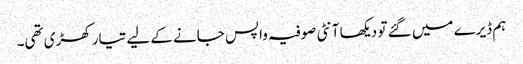
ہم ڈیرے میں گئے تو دیکھا آنٹی صوفیہ واپس جانے کے لیے تیار کھڑی تھی۔